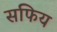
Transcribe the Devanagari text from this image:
सफिय